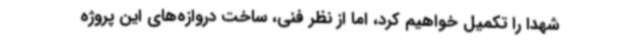
شهدا را تکمیل خواهیم کرد، اما از نظر فنی، ساخت دروازه‌های این پروژه